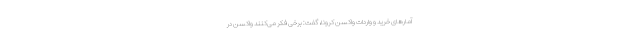
آمارهای خرید و واردات واکسن کرونا، گفت: برخی فکر می‌کنند واکسن در